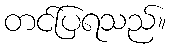
တင်ပြရသည်။